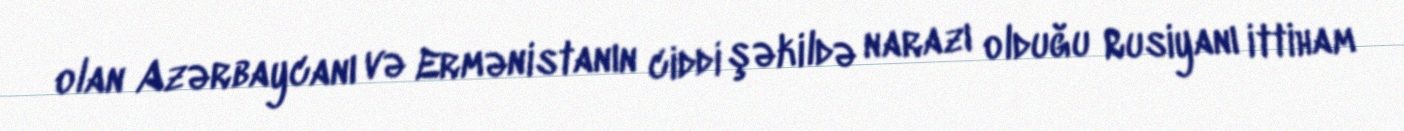
olan Azərbaycanı və Ermənistanın ciddi şəkildə narazı olduğu Rusiyanı ittiham